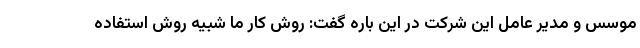
موسس و مدیر عامل این شرکت در این باره گفت: روش کار ما شبیه روش استفاده